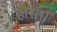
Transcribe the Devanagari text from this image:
हौंस।।